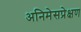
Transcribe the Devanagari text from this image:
अनिमेसप्रेक्षण